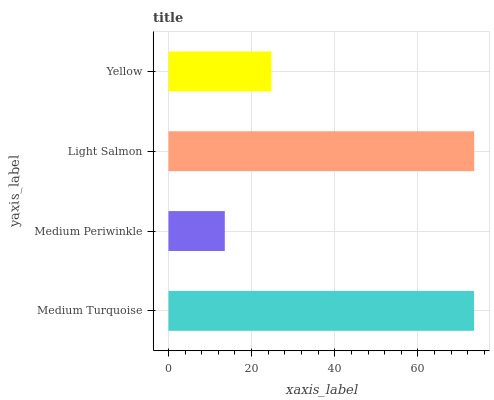
| yaxis_label | bars |
 | --- | --- |
 | Medium Turquoise | 73.5 |
 | Medium Periwinkle | 13.6 |
 | Light Salmon | 73.5 |
 | Yellow | 24.8 |